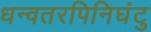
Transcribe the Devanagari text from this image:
धन्वतरपिनिघंटु